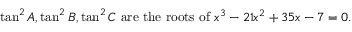
\tan ^ { 2 } A , \tan ^ { 2 } B , \tan ^ { 2 } C { \mathrm { ~ a r e ~ t h e ~ r o o t s ~ o f ~ } } x ^ { 3 } - 2 1 x ^ { 2 } + 3 5 x - 7 = 0 .